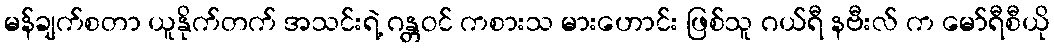
မန်ချက်စတာ ယူနိုက်တက် အသင်းရဲ့ ဂန္တဝင် ကစားသ မားဟောင်း ဖြစ်သူ ဂယ်ရီ နဗီးလ် က မော်ရီစီယို